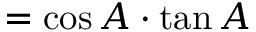
= \cos A \cdot \tan A